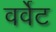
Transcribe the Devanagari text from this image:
वर्वेट